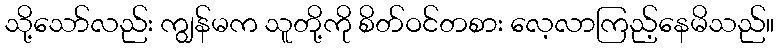
သို့သော်လည်း ကျွန်မက သူတို့ကို စိတ်ဝင်တစား လေ့လာကြည့်နေမိသည်။